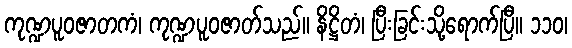
ကုဏ္ဍပူဝဇာတကံ၊ ကုဏ္ဍပူဝဇာတ်သည်။ နိဋ္ဌိတံ၊ ပြီးခြင်းသို့ရောက်ပြီ။ ၁၁၀၊